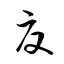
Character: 夏